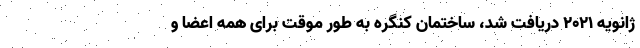
ژانویه ۲۰۲۱ دریافت شد، ساختمان کنگره به طور موقت برای همه اعضا و